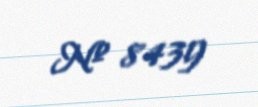
№ 8439